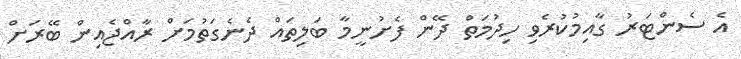
އެ ސެންޓަރު ގާއިމުކުރެވި ހިދުމަތް ދޭން ފެށުނީމާ ބަލިތައް ދެނެގަތުމަށް ރާއްޖެއިން ބޭރަށް